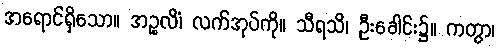
အရောင်ရှိသော။ အဉ္စလိံ၊ လက်အုပ်ကို။ သီရသိ၊ ဦးခေါင်း၌။ ကတွာ၊